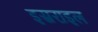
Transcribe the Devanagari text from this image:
इस्रराइल